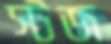
স্টজ